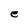
Character: e